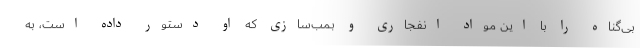
بی‌گناه را با این مواد انفجاری و بمب‌سازی که او دستور داده است، به